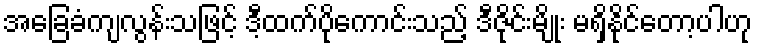
အခြေခံကျလွန်းသဖြင့် ဒီ့ထက်ပိုကောင်းသည့် ဒီဇိုင်းမျိုး မရှိနိုင်တော့ပါဟု